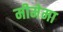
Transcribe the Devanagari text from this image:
मीमेमा